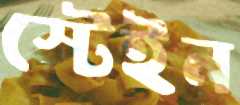
স্টেইন